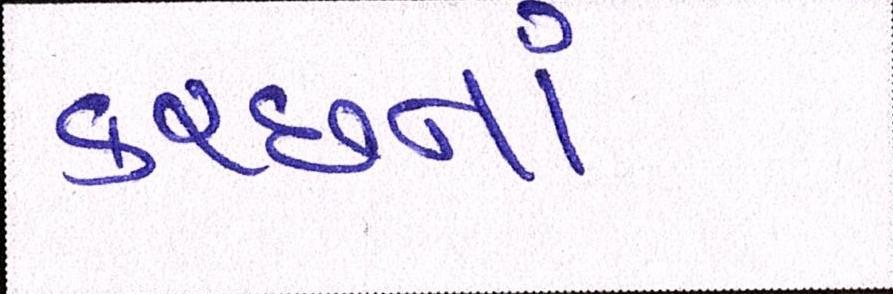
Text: કચ્છનાં